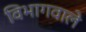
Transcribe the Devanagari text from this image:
विभागवाले